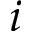
i